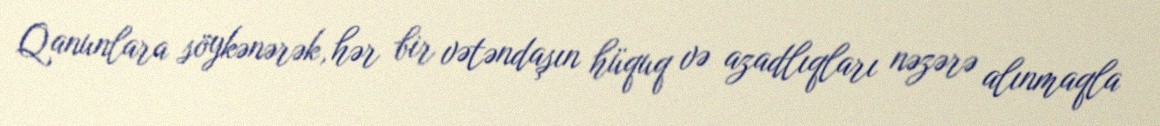
Qanunlara söykənərək, hər bir vətəndaşın hüquq və azadlıqları nəzərə alınmaqla